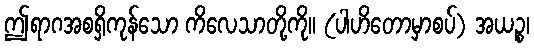
ဤရာဂအစရှိကုန်သော ကိလေသာတို့ကို။ (ပါဟိတောမှာစပ်) အယဉ္စ၊